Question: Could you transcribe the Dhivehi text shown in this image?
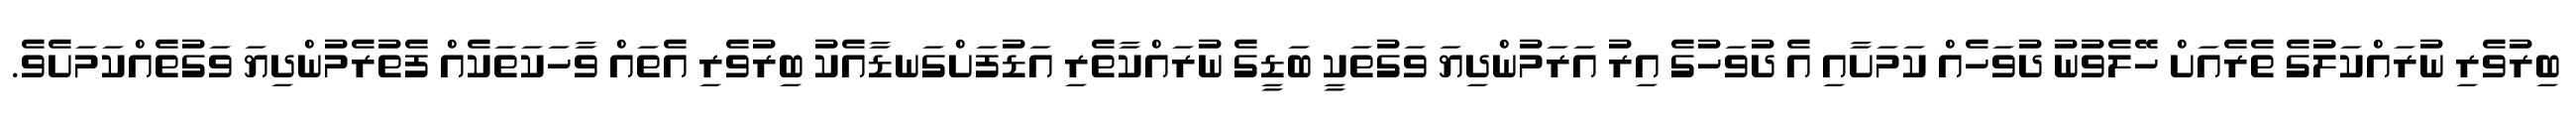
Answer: ބިރުވެރި ނުރައްކަލުގެ ތެރެއަށް ހޭލެވުނު ދުވަހެއް ކަމަށާއި އެ ދުވަހުގެ އިރު އަރަމުންދިޔަ ވަގުތަކީ ބަޑީގެ ނުރައްކާތެރި އަޑުފަށްގަނޑާއެކު ބިރުވެރި އެތައް ވާހަކަތަކެއް ފެތުރެމުންދިޔަ ވަގުތެއްކަމަށެވެ.